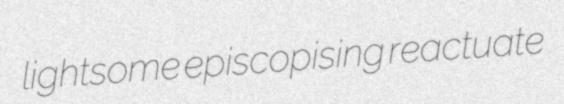
lightsome episcopising reactuate